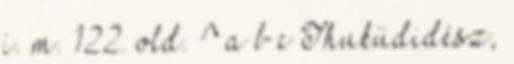
i. m. 122. old. ^ a b c Thuküdidész,